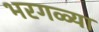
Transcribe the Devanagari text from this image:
भरगळ्या